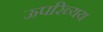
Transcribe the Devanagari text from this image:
ऊपरिव्यय